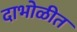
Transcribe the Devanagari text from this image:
दाभोळीत